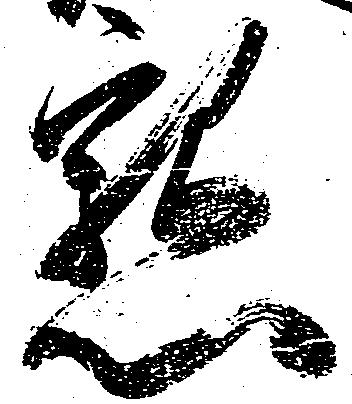
懇